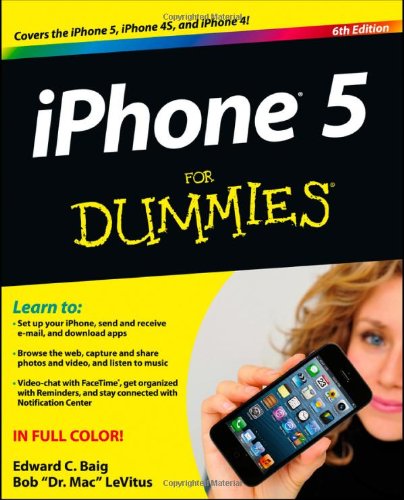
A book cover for iPhone 5 For Dummies; Edward C. Baig; Computers & Technology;